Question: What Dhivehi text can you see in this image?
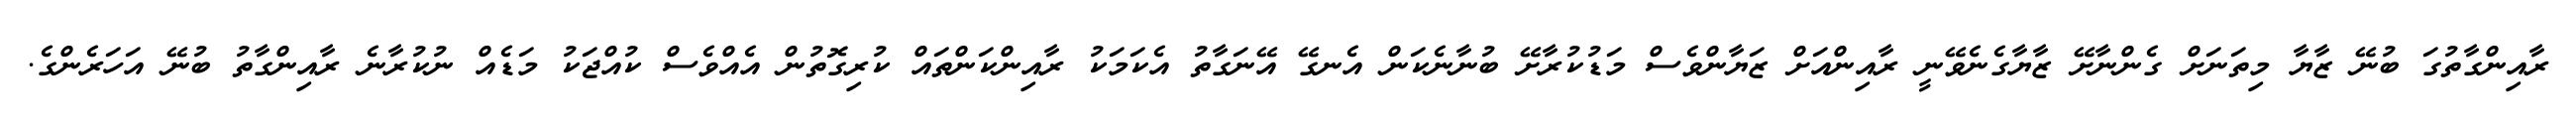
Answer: ރާއިންގާތުގަ ބުނޭ ޒާޔާ މިތަނަށް ގެންނާށޭ ޒާޔާގެނެވޭނީ ރާއިންއަށް ޒަޔާންވެސް މަޑުކުރާށޭ ބުނާނެކަން އެނގޭ އޭނަގާތު އެކަމަކު ރާއިންކަންތައް ކުރިގޮތުން އެއްވެސް ކުއްޖަކު މަޑެއް ނުކުރާނެ ރާއިންގާތު ބުނޭ އަހަރެންގެ.